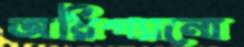
অরিগ্যানো